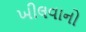
ખીલવાનો